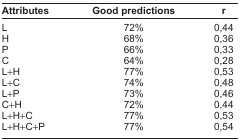
<table><thead><tr><td><b>Attributes</b></td><td><b>Good predictions</b></td><td><b>r</b></td></tr></thead><tbody><tr><td>L</td><td>72%</td><td>0,44</td></tr><tr><td>H</td><td>68%</td><td>0,36</td></tr><tr><td>P</td><td>66%</td><td>0,33</td></tr><tr><td>C</td><td>64%</td><td>0,28</td></tr><tr><td>L+H</td><td>77%</td><td>0,53</td></tr><tr><td>L+C</td><td>74%</td><td>0,48</td></tr><tr><td>L+P</td><td>73%</td><td>0,46</td></tr><tr><td>C+H</td><td>72%</td><td>0,44</td></tr><tr><td>L+H+C</td><td>77%</td><td>0,53</td></tr><tr><td>L+H+C+P</td><td>77%</td><td>0,54</td></tr></tbody></table>